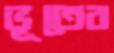
ভূতের